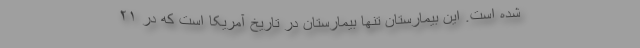
شده است. این بیمارستان تنها بیمارستان در تاریخ آمریکا است که در ۲۱